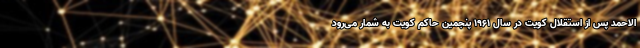
الاحمد پس از استقلال کویت در سال ۱۹۶۱ پنجمین حاکم کویت به شمار می‌رود